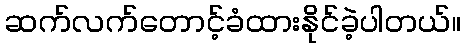
ဆက်လက်တောင့်ခံထားနိုင်ခဲ့ပါတယ်။